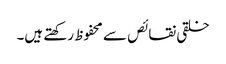
خلقی نقائص سے محفوظ رکھتے ہیں۔